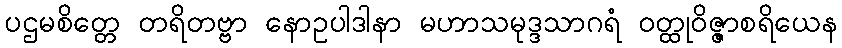
ပဌမစိတ္တေ တရိတဗ္ဗာ နောဥပါဒါနာ မဟာသမုဒ္ဒသာဂရံ ဝတ္ထုဝိဇ္ဇာစရိယေန